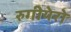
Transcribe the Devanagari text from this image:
रुगीयेरो